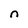
Character: n